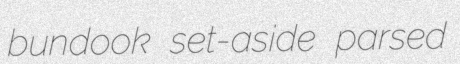
bundook set-aside parsed